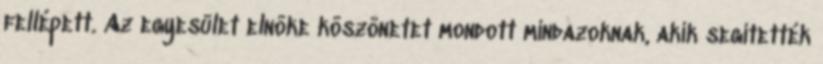
fellépett. Az egyesület elnöke köszönetet mondott mindazoknak, akik segítették